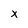
Character: X